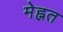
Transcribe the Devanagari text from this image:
मेह्नत